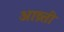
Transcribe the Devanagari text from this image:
आव्र्त्ती